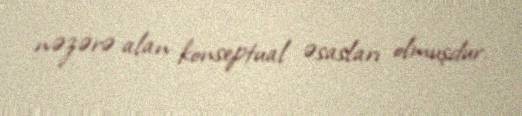
nəzərə alan konseptual əsasları olmuşdur.